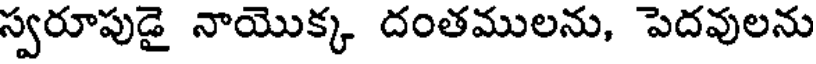
స్వరూపుడై నాయొక్క దంతములను, పెదవులను